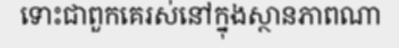
ទោះជាពួកគេរស់នៅក្នុងស្ថានភាពណា